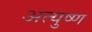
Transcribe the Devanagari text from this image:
अत्युष्ण